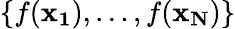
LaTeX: \{ f(\mathbf{x_{1}}),\dotsc,f(\mathbf{x_{N}})\}